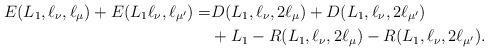
LaTeX: \begin{align*}E(L_1,\ell_\nu,\ell_\mu)+E(L_1\ell_\nu,\ell_{\mu'})=& D(L_1,\ell_\nu,2\ell_\mu)+D(L_1,\ell_\nu,2\ell_{\mu'})\\& +L_1-R(L_1,\ell_\nu,2\ell_\mu)-R(L_1,\ell_\nu,2\ell_{\mu'}).\end{align*}